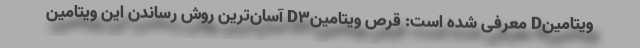
ویتامینD معرفی شده است: قرص ویتامینD۳ آسان‌ترین روش رساندن این ویتامین